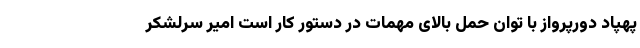
پهپاد دورپرواز با توان حمل بالای مهمات در دستور کار است امیر سرلشکر